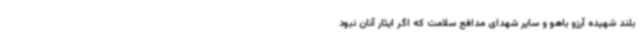
بلند شهیده آرزو باهو و سایر شهدای مدافع سلامت که اگر ایثار آنان نبود